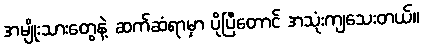
အမျိုးသားတွေနဲ့ ဆက်ဆံရာမှာ ပိုပြီတောင် အသုံးကျသေးတယ်။